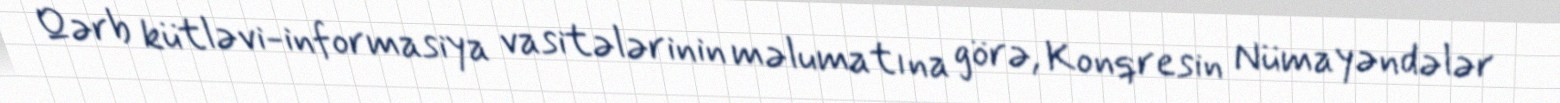
Qərb kütləvi-informasiya vasitələrinin məlumatına görə, Konqresin Nümayəndələr